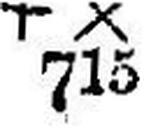
+ X 715